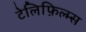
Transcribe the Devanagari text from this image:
टेलिफ़िल्म्स